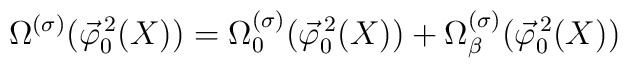
\Omega^{(\sigma)} (\vec{\varphi}_0^{\, 2} (X)) = \Omega_0^{(\sigma)} (\vec{\varphi}_0^{\, 2} (X)) + \Omega_\beta^{(\sigma)} (\vec{\varphi}_0^{\, 2} (X))